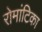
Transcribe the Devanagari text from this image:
रोमांटिका